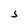
Character: a